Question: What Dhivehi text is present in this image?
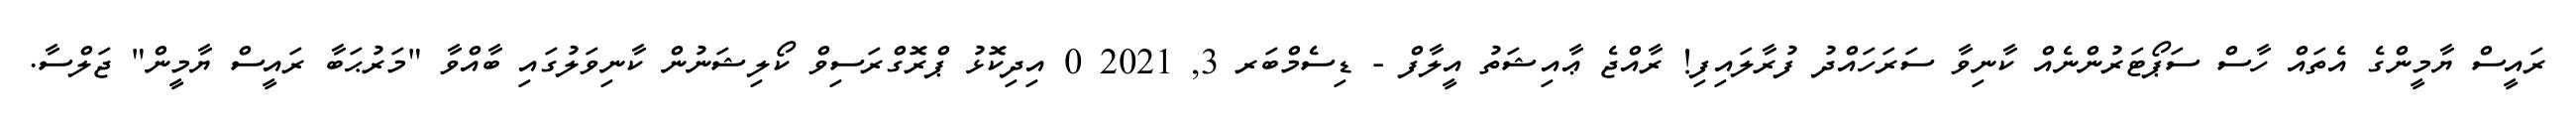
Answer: ރައީސް ޔާމީންގެ އެތައް ހާސް ސަޕޯޓަރުންނެއް ކާނިވާ ސަރަހައްދު ފުރާލައިފި! ރާއްޖެ ޢާއިޝަތު އީލާފް - ޑިސެމްބަރ 3, 2021 0 އިދިކޮޅު ޕްރޮގްރަސިވް ކޯލިޝަނުން ކާނިވަލުގައި ބާއްވާ "މަރުޙަބާ ރައީސް ޔާމީން" ޖަލްސާ.